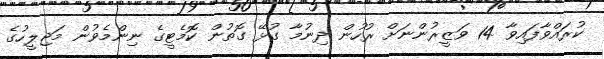
ކުރައްވާފައިވާ 14 ވަޒީރުންނަށް ރުހުން ދިނުމާ ގުޅޭ ގޮތުން ކޮމެޓީގެ ނިންމެވުން މަޖިލީހުގެ